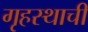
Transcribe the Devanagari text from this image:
गृहस्थाची